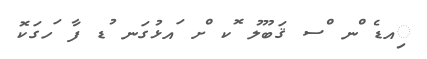
ިއޑެ ްނ ްސ ޤަބޫލު ޮކ ްށ ައޅުގަނ ުޑ ފާ ަހގަކޮ